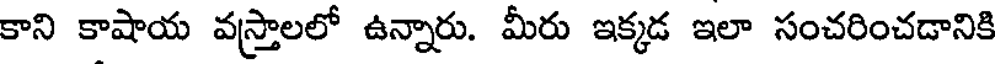
కాని కాషాయ వస్త్రాలలో ఉన్నారు. మీరు ఇక్కడ ఇలా సంచరించడానికి